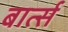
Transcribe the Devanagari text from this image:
बार्त्स